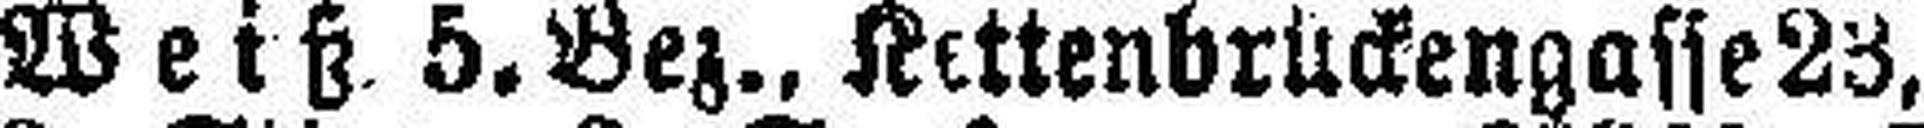
Weiß. 5. Bez., Kettenbrückengasse 23,